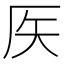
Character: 𥎦